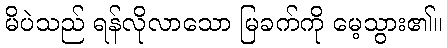
မိပဲသည် ရန်လိုလာသော မြခက်ကို မေ့သွား၏။